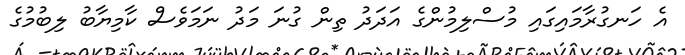
އެ ހަނގުރާމައިގައި މުސްލިމުންގެ އަދަދު ތިން ގުނަ މަދު ނަމަވެސް ކާމިޔާބު ލިބުމުގެ